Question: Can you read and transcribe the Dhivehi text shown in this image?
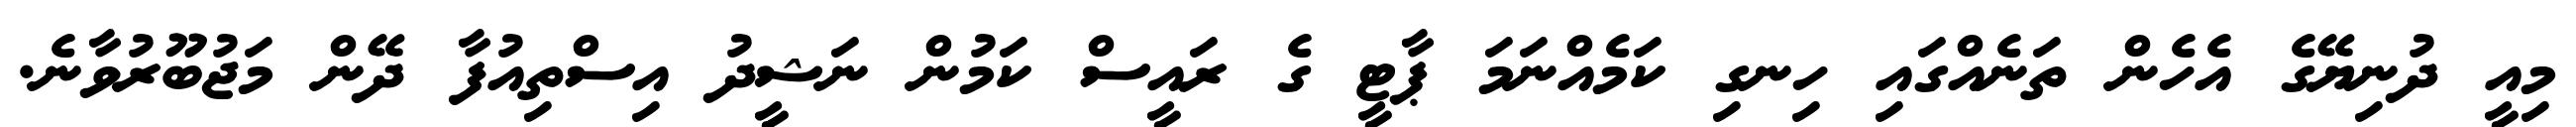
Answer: މިއީ ދުނިޔޭގެ އެހެން ތަނެއްގައި ހިނގި ކަމެއްނަމަ ޕާޓީ ގެ ރައީސް ކަމުން ނަޝީދު އިސްތިއުފާ ދޭން މަޖުބޫރުވާނެ.